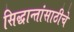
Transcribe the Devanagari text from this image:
सिद्धान्तांसाठीचे